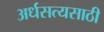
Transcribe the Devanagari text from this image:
अर्धसत्यसाठी